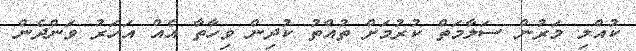
ކުއްލި މަރުން ސަލާމަތް ކުރުމަށް ތުއްތު ކުދިން ވިހާތާ އެއް އަހަރު ވަންދެން